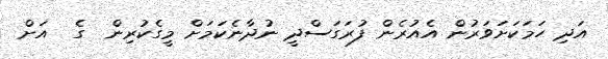
އަދި ހަމަކަށަވަރުން އެއުރެން ފުރަގަސްދީ ނުދާނެކަމަށް މީގެކުރިން  ގެ  އަށް